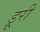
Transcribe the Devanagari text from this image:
ड्रूरी